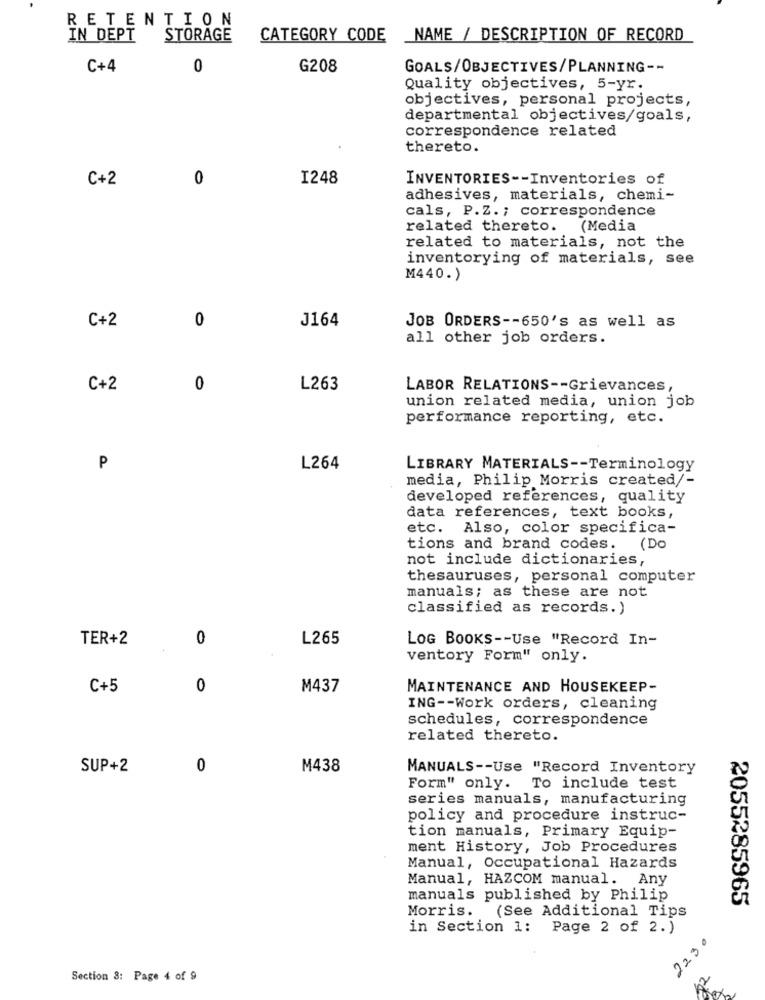
RETENTION
IN DEPT
STORAGE
CATEGORY CODE NAME / DESCRIPTION OF RECORD
C+4
0
G208
GOALS/OBJECTIVES/PLANNING --
Quality objectives, 5-yr.
objectives, personal projects,
departmental objectives/goals,
correspondence related
thereto.
C+2
0
I248
INVENTORIES -- Inventories of
adhesives, materials, chemi-
cals, P.Z .; correspondence
related thereto.
(Media
related to materials, not the
inventorying of materials, see
M440.)
0
J164
C+2
JOB ORDERS -- 650's as well as
all other job orders.
C+2
0
L263
LABOR RELATIONS -- Grievances,
union related media, union job
performance reporting, etc.
P
L264
LIBRARY MATERIALS -- Terminology
media, Philip Morris created/-
developed references, quality
data references, text books,
etc. Also, color specifica-
tions and brand codes. (Do
not include dictionaries,
thesauruses, personal computer
manuals; as these are not
classified as records.)
TER+2
0
L265
LOG BOOKS -- Use "Record In-
ventory Form" only.
C+5
0
M437
MAINTENANCE AND HOUSEKEEP-
ING -- Work orders, cleaning
schedules, correspondence
related thereto.
SUP+2
0
M438
MANUALS -- Use "Record Inventory
Form" only. To include test
series manuals, manufacturing
policy and procedure instruc-
tion manuals, Primary Equip-
ment History, Job Procedures
Manual, Occupational Hazards
Manual, HAZCOM manual. Any
manuals published by Philip
Morris. (See Additional Tips
2055285965
in Section 1: Page 2 of 2.)
2230
Section 8: Page 4 of 9